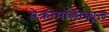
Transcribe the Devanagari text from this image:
मेक्रोमॉलीक्यूल